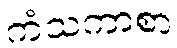
ကံသကာစာ